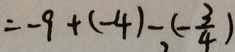
= - 9 + ( - 4 ) - ( - \frac { 3 } { 4 } )